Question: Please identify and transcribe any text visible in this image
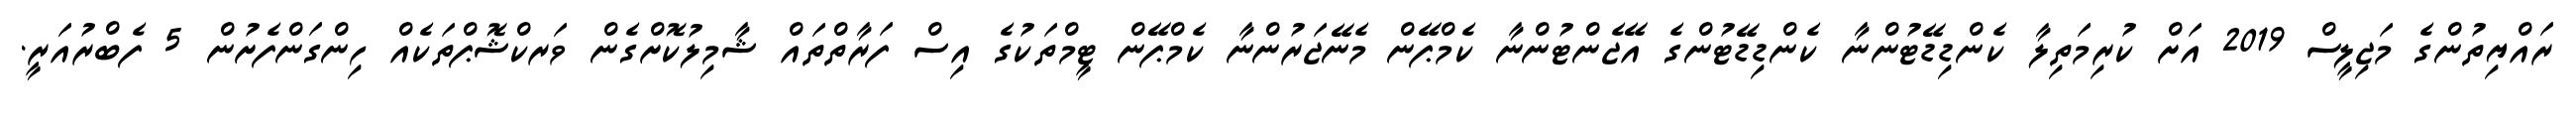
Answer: ރައްޔިތުންގެ މަޖިލީސް 2019 އަށް ކުރިމަތިލާ ކެންޑިޑޭޓުންނާ ކެންޑިޑޭޓުންގެ އޭޖެންޓުންނާ ކެމްޕޭން މެނޭޖަރުންނާ ކެމްޕޭން ޓީމްތަކުގެ އިސް ފަރާތްތައް ޝާމިލުކޮށްގެން ވަރކްޝޮޕްތަކެއް ހިންގަންފެށުން 5 ފެބްރުއަރީ.